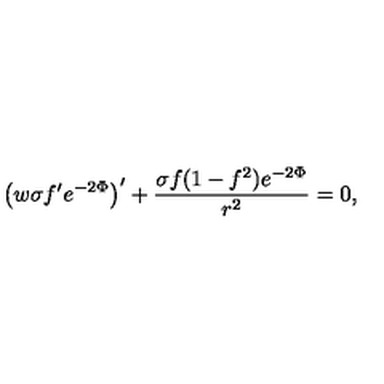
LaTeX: \left( w \sigma f ^ { \prime } e ^ { - 2 \Phi } \right) ^ { \prime } + \frac { \sigma f ( 1 - f ^ { 2 } ) e ^ { - 2 \Phi } } { r ^ { 2 } } = 0 ,